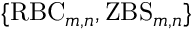
\{ \mathrm { R B C } _ { m , n } , \mathrm { Z B S } _ { m , n } \}